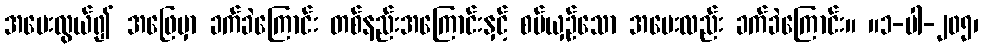
အမေးလွယ်၍ အဖြေမှာ ခက်ခဲကြောင်း တစ်နည်းအကြောင်းနှင့် စပ်ယှဉ်သော အမေးလည်း ခက်ခဲကြောင်း။ ။၁-ပါ-၂၀၅၊